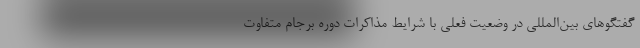
گفتگوهای بین‌المللی در وضعیت فعلی با شرایط مذاکرات دوره برجام متفاوت